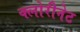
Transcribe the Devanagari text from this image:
क्लोरीनेट